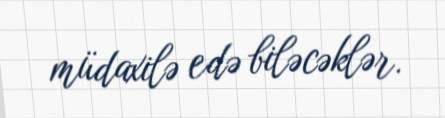
müdaxilə edə biləcəklər.